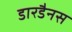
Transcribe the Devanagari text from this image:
डारडैनस